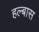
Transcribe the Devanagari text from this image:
हल्बास